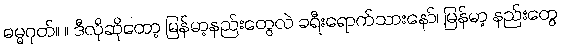
ဓမ္မဂုတ်။ ။ ဒီလိုဆိုတော့ မြန်မာ့နည်းတွေလဲ ခရီးရောက်သားနော်၊ မြန်မာ့ နည်းတွေ